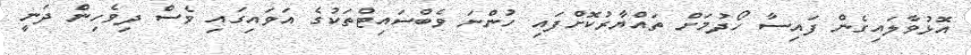
އޮޅުވާލައިގެން ފައިސާ ހޯދުމަށް ތައްޔާރުކޮށްފައި ހުންނަ ވެބްސައިޓްތަކުގެ އަވައިގައި ވެސް ދިވެހިން ދަނީ